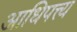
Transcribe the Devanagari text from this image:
आधिपत्त्य